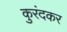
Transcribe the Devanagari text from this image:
कुरंदकर